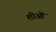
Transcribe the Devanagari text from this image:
शीओं